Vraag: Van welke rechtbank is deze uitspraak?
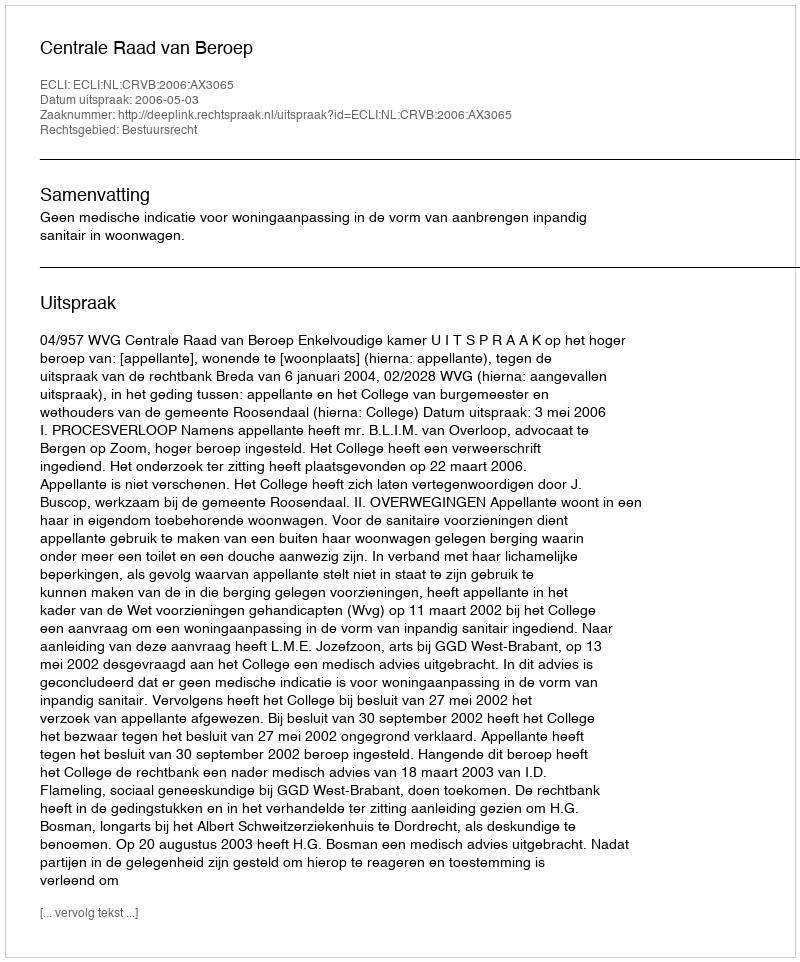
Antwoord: Centrale Raad van Beroep